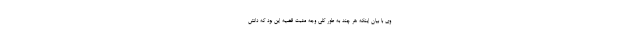
وی با بیان اینکه هر چند به طور کلی وجه مثبت قضیه این بود که دانش